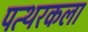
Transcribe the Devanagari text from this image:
पत्थरकला